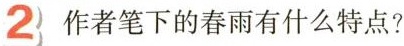
2 作者笔下的春雨有什么特点?